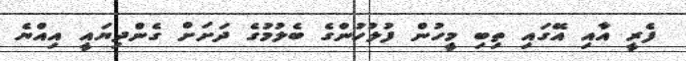
ފެރީ އާއި އޭގައި ތިބި މީހުން ފުލުހުންގެ ބެލުމުގެ ދަށަށް ގެންދިޔައީ އިއްޔެ